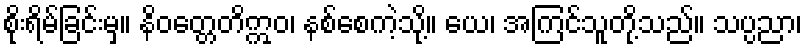
စိုးရိမ်ခြင်းမှ။ နိဝတ္တေတိဣဝ၊ နစ်စေကဲ့သို့။ ယေ၊ အကြင်သူတို့သည်။ သပ္ပညာ၊